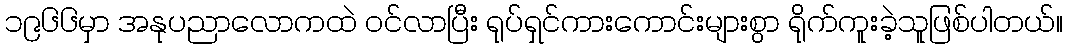
၁၉၆၆မှာ အနုပညာလောကထဲ ဝင်လာပြီး ရုပ်ရှင်ကားကောင်းများစွာ ရိုက်ကူးခဲ့သူဖြစ်ပါတယ်။